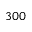
3 0 0